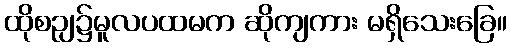
ထိုစဉျ၌မူလပထမက ဆိုကျကား မရှိသေးခြေ။